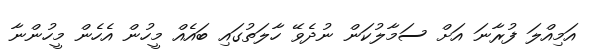
އަމިއްލަ ފުރާނަ އަށް ސަމާލުކަން ނުދެވޭ ހާލަތުގައި ބައެއް މީހުން އެހެން މީހުންނާ